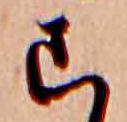
こ